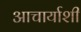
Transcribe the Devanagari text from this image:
आचार्याशी